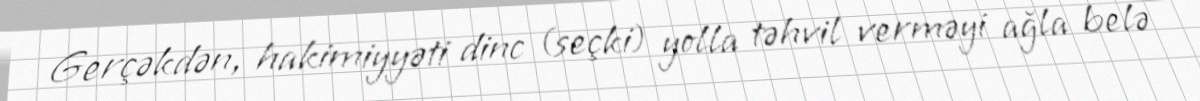
Gerçəkdən, hakimiyyəti dinc (seçki) yolla təhvil verməyi ağla belə